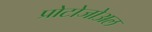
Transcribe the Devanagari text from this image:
प्रोटोजोअल